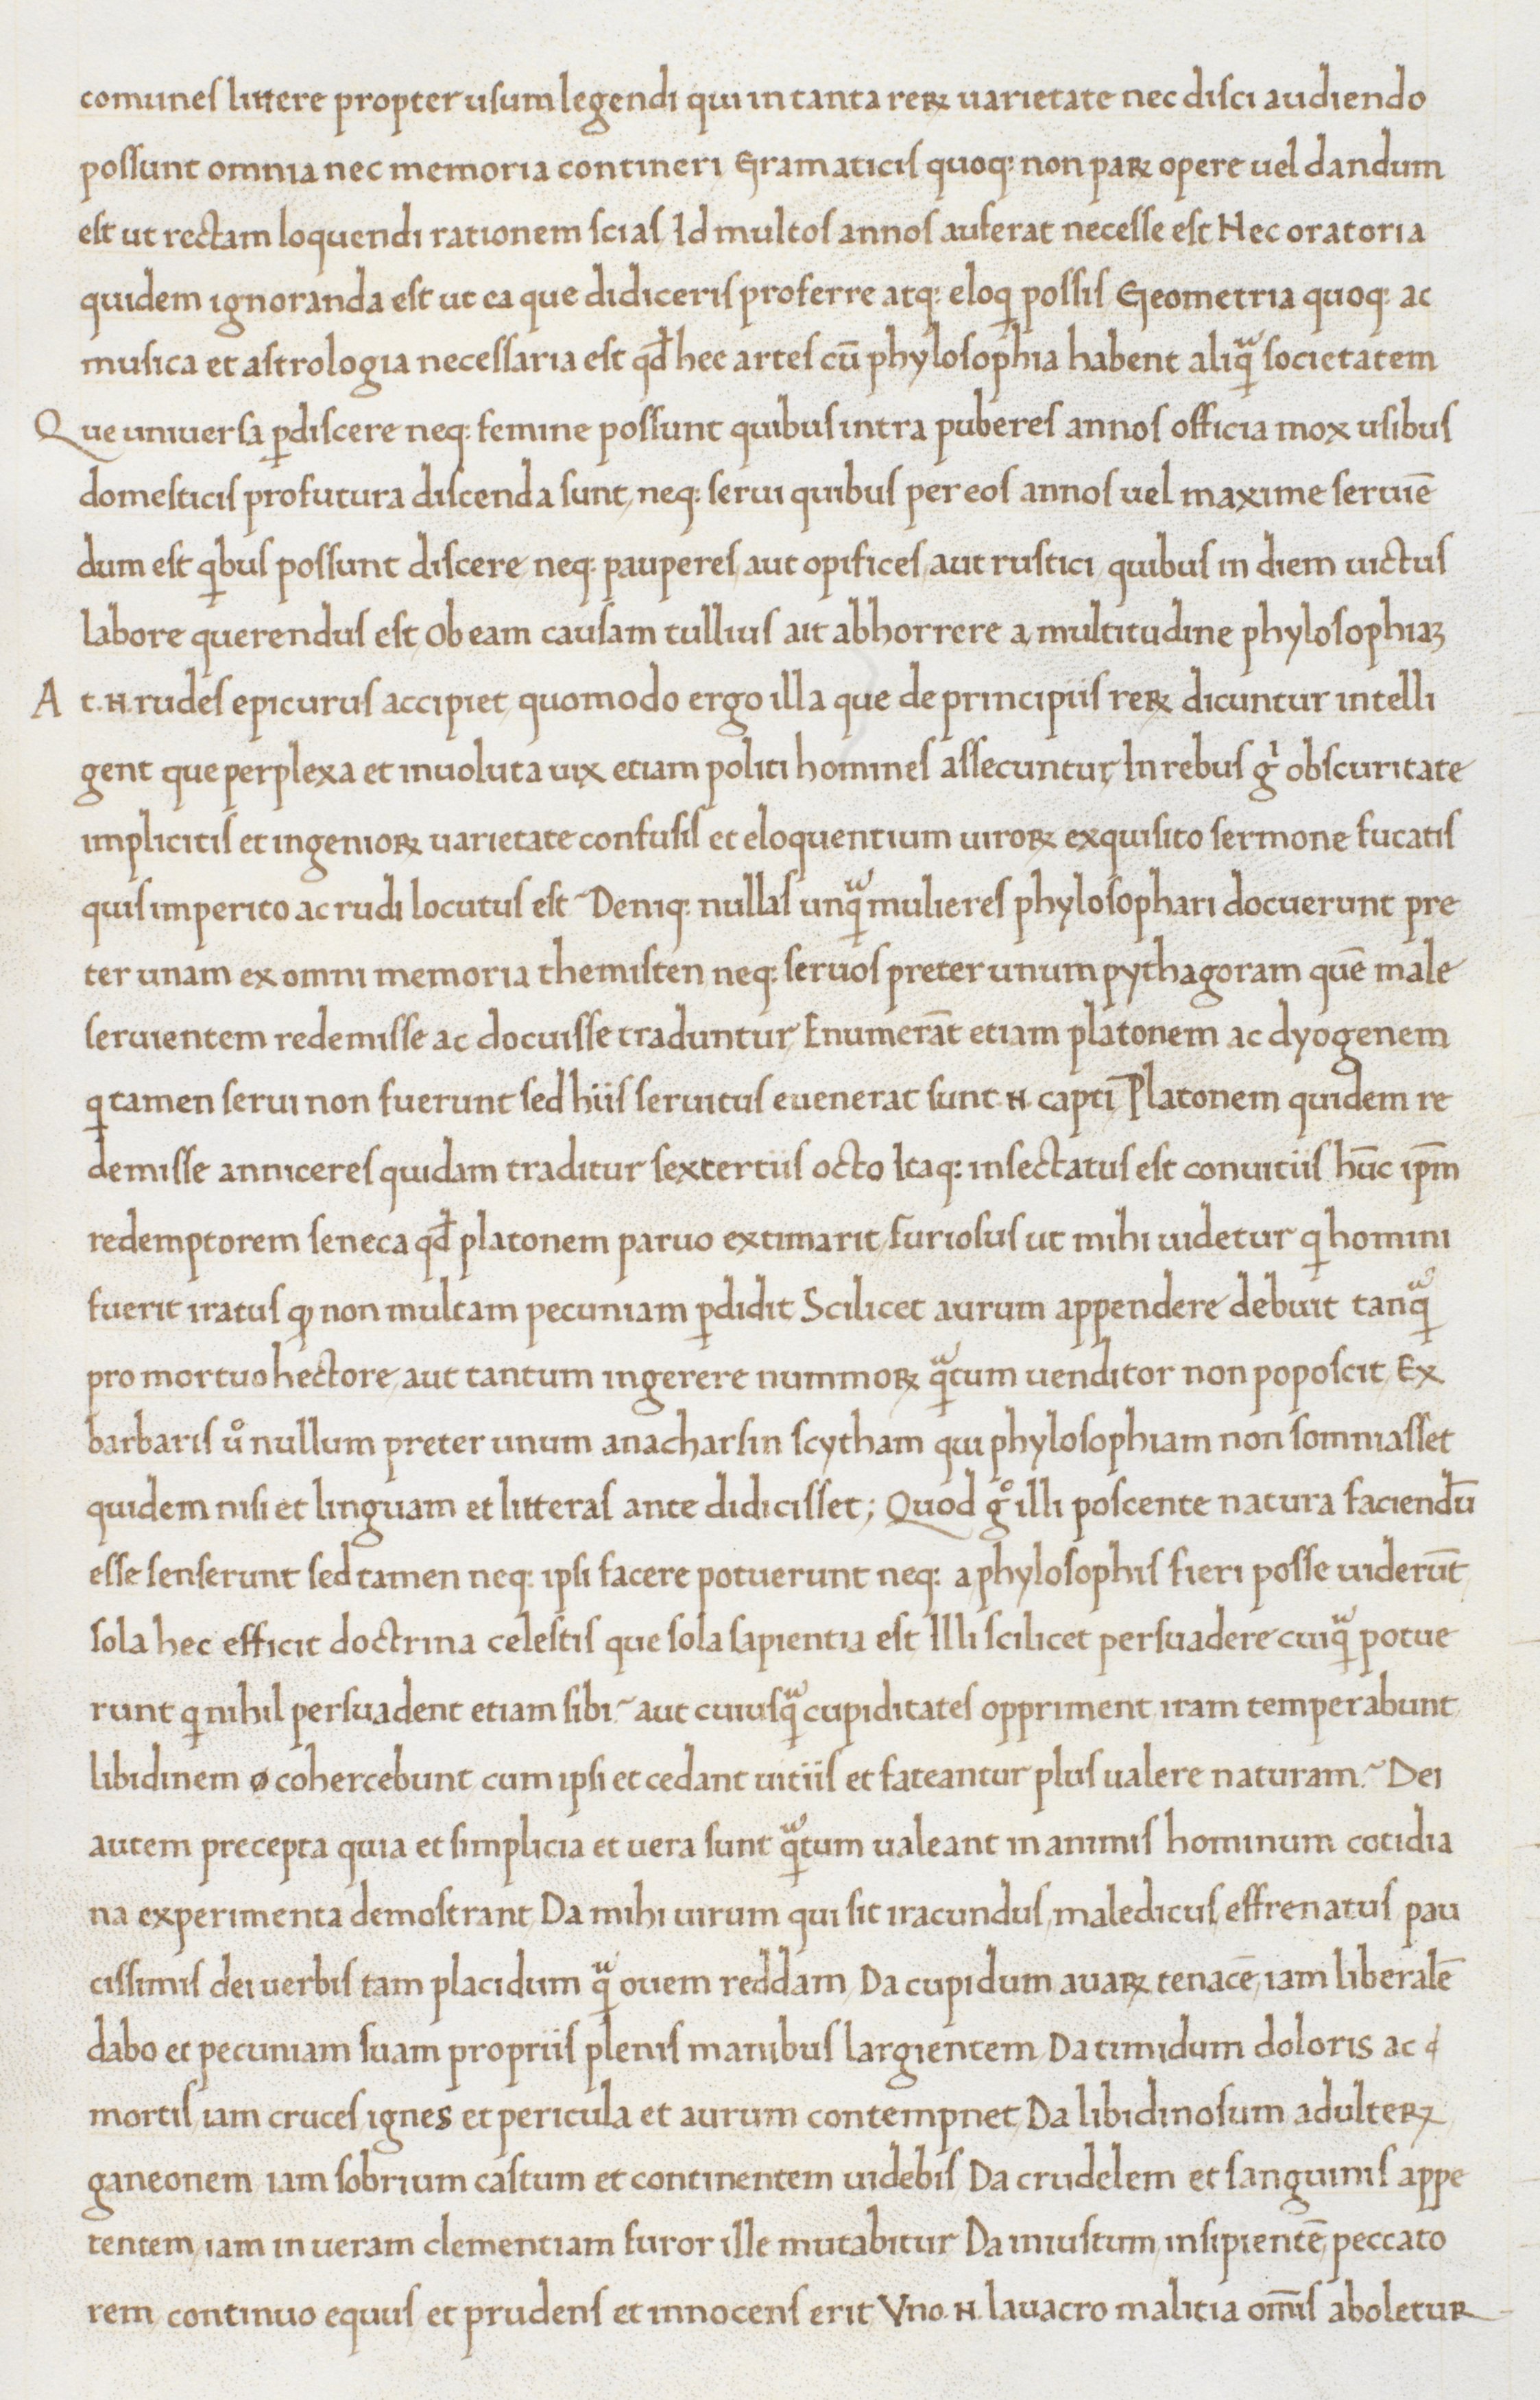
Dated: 1465–1475